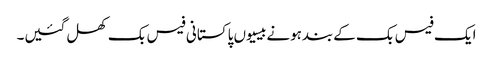
ایک فیس بک کےبندہونےبیسیوں پاکستانی فیس بک کھل گئیں۔